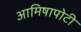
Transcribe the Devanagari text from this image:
आमिषापोटी